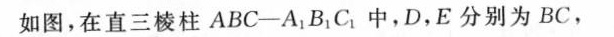
如图，在直三棱柱ABC-A_{1}B_{1}C_{1}中，D，E分别为BC，